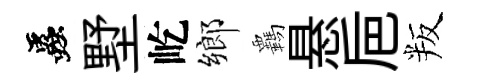
蟲墅屹鄉覊悬巵叛